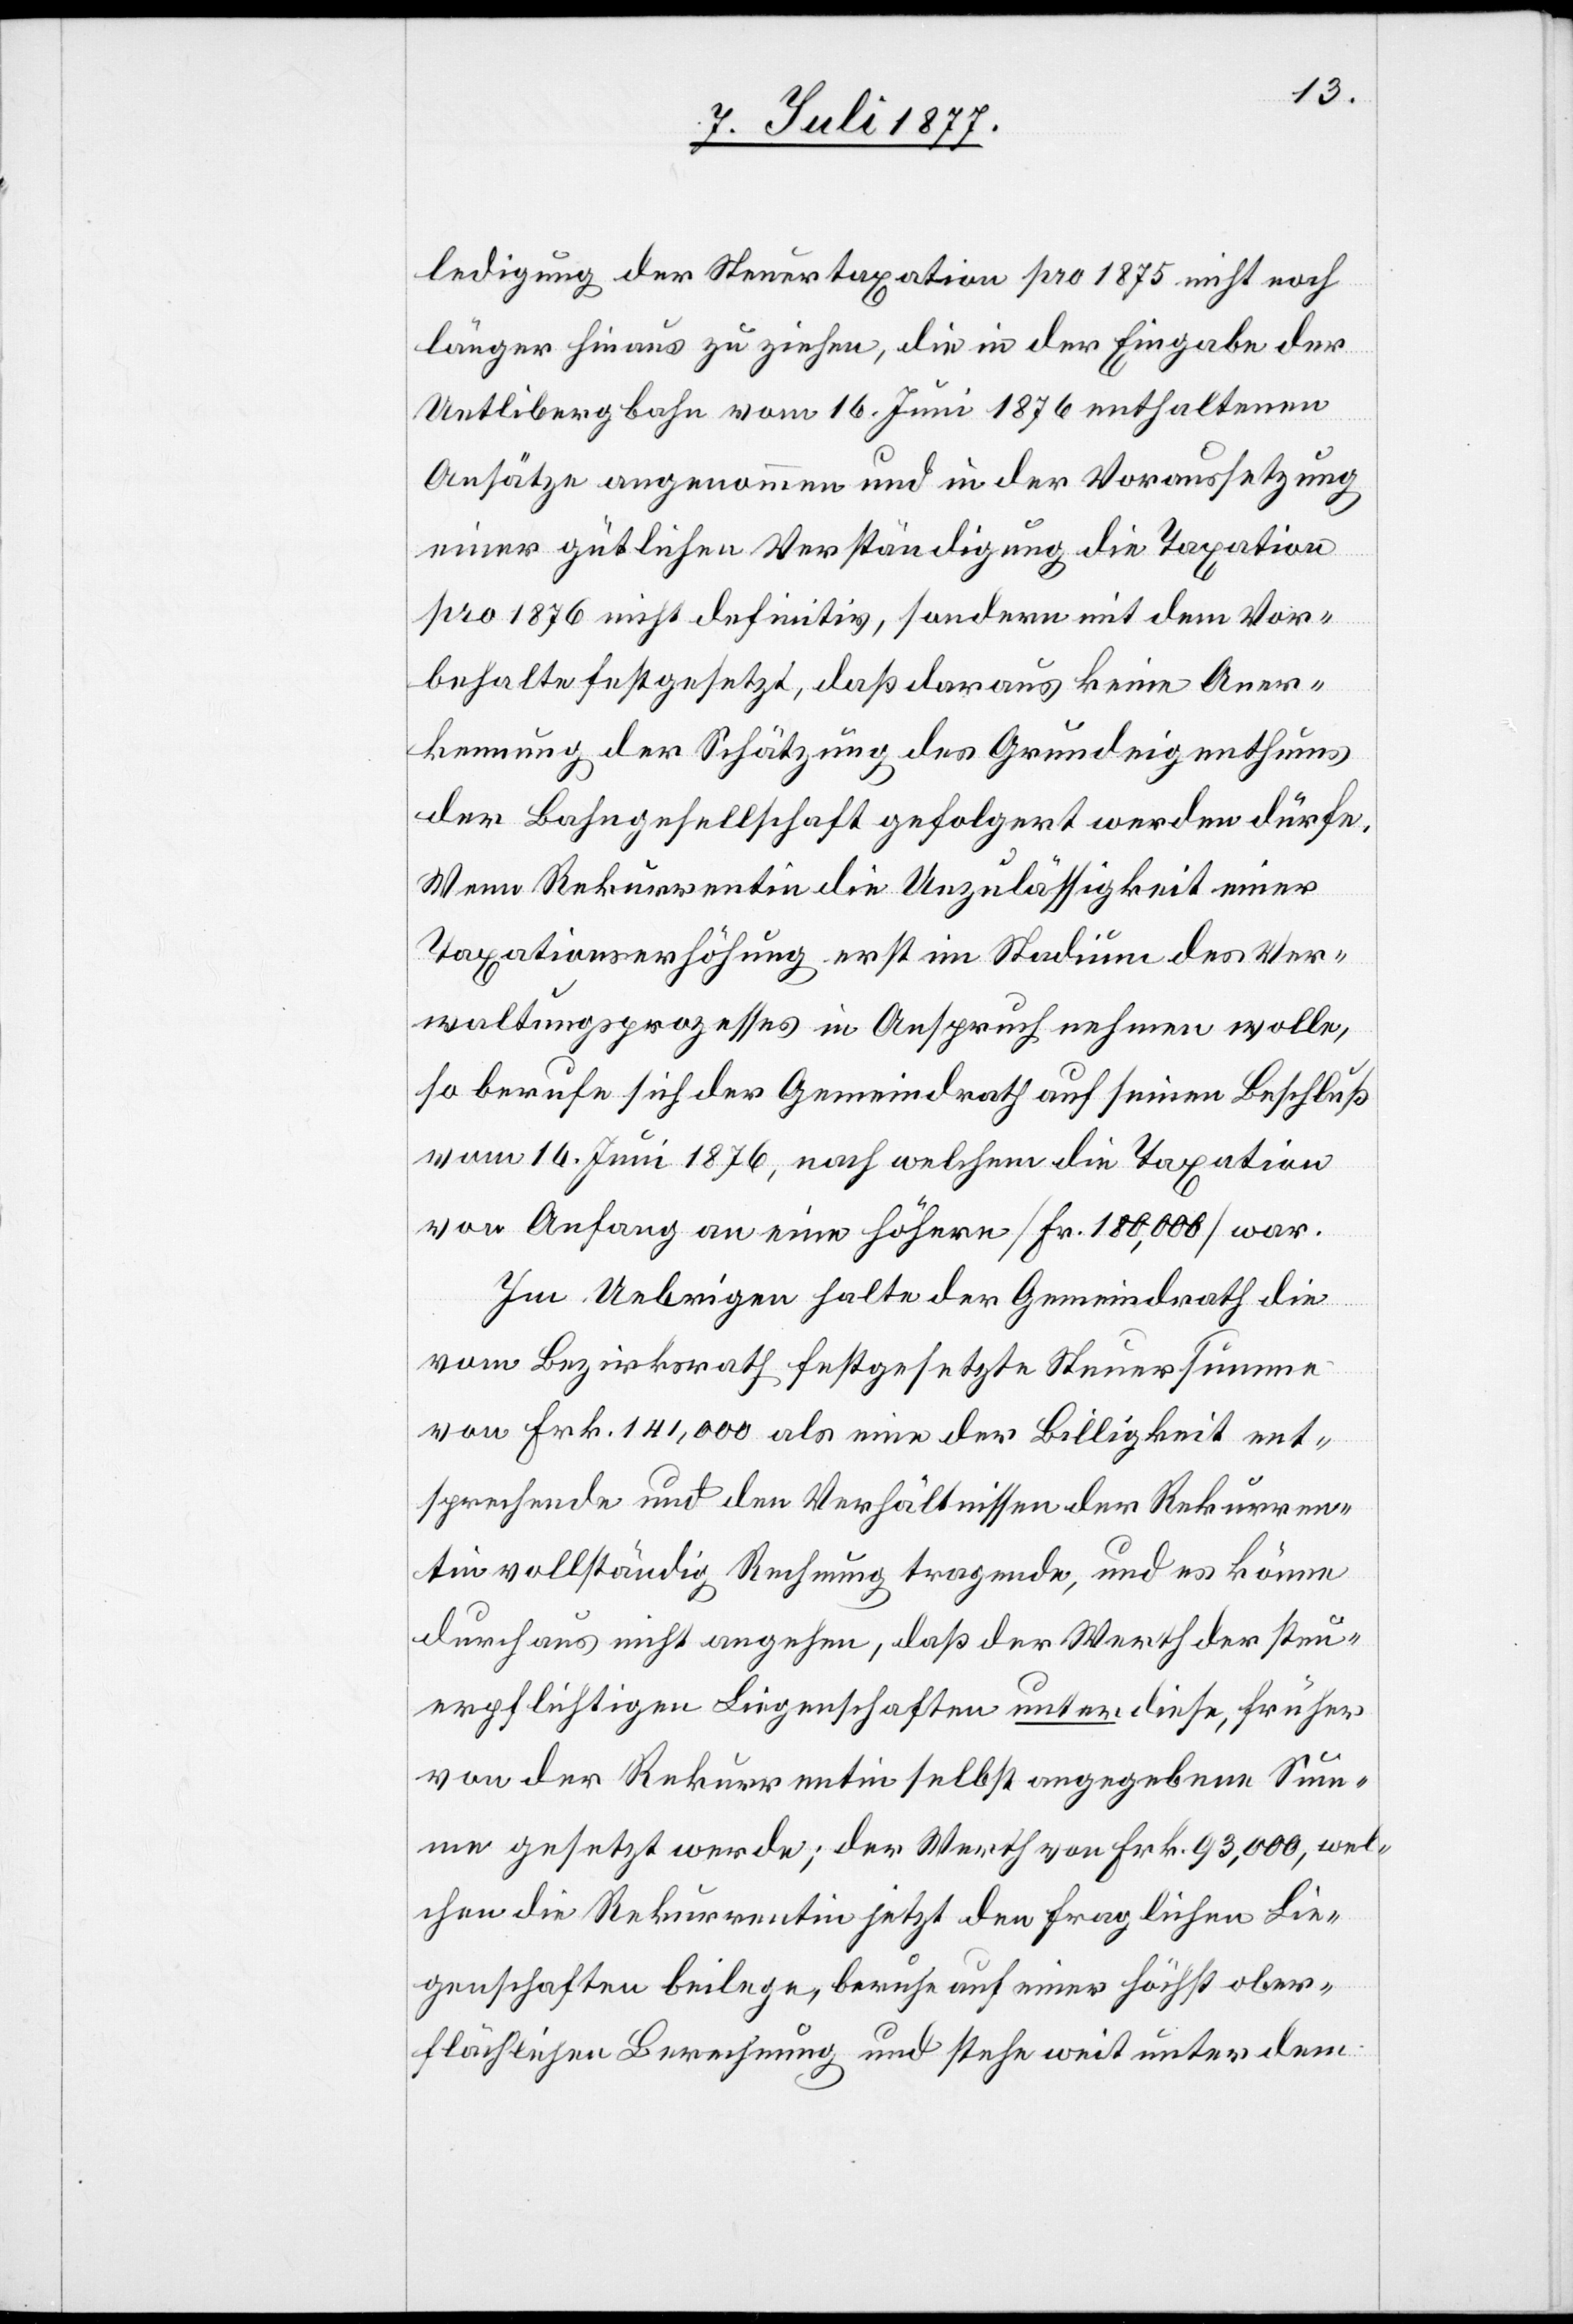
ledigung der Steuertaxation pro 1875 nicht noch
länger hinaus zu ziehen, die in der Eingabe der
Uetlibergbahn vom 16. Juni 1876 enthaltenen
Ansätze angenommen und in der Voraussetzung
einer gütlichen Verständigung die Taxation
pro 1876 nicht definitiv, sondern mit dem Vor¬
behalte festgesetzt, daß daraus keine Aner¬
kennung der Schätzung des Grundeigenthums
der Bahngesellschaft gefolgert werden dürfe.
Wenn Rekurrentin die Unzulässigkeit einer
Taxationserhöhung erst im Stadium des Ver¬
waltungsprozesses in Anspruch nehmen wolle,
so berufe sich der Gemeindrath auf seinen Beschluß
vom 16. Juni 1876, nach welchem die Taxation
von Anfang an eine höhere [Fr. 180,000] war.
Im Uebrigen halte der Gemeindrath die
vom Bezirksrath festgesetzte Steuersumme
von Frk. 141,000 als eine der Billigkeit ent¬
sprechende und den Verhältnissen der Rekurren¬
tin vollständig Rechnung tragende, und es könne
durchaus nicht angehen, daß der Werth der steu¬
erpflichtigen Liegenschaften unter diese, früher
von der Rekurrentin selbst angegebene Sum¬
me gesetzt werde; der Werth von Frk. 93,000, wel¬
chen die Rekurrentin jetzt den fraglichen Lie¬
genschaften beilege, beruhe auf einer höchst ober¬
flächlichen Berechnung und stehe weit unter dem